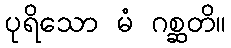
ပုရိသော မံ ဂစ္ဆတိ။